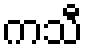
ကသီ